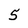
Character: 5